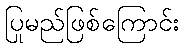
ပြုမည်ဖြစ်ကြောင်း